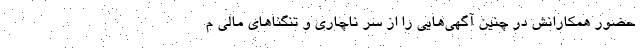
حضور همکارانش در چنین آگهی‌هایی را از سر ناچاری و تنگناهای مالی م